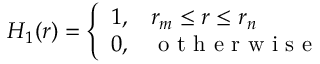
H _ { 1 } ( r ) = \left\{ \begin{array} { c l } { 1 , } & { r _ { m } \leq r \leq r _ { n } } \\ { 0 , } & { \mathrm { ~ o ~ t ~ h ~ e ~ r ~ w ~ i ~ s ~ e ~ } } \end{array} \right.